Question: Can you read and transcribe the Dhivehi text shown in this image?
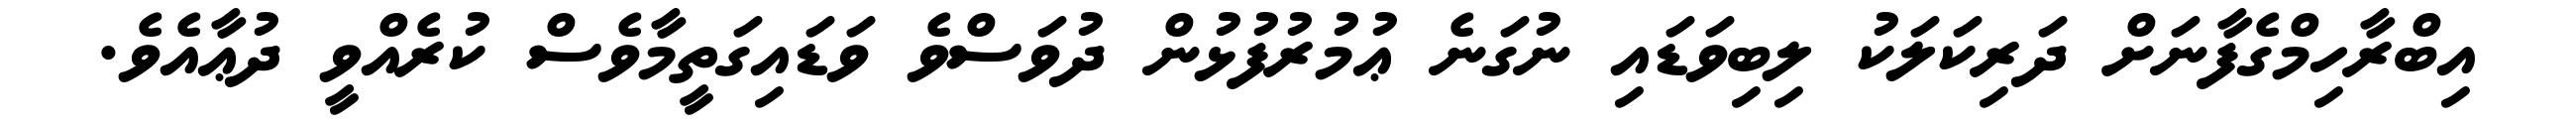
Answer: އިބްރާހިމްގެފާނަށް ދަރިކަލަކު ލިބިވަޑައި ނުގަނެ ޢުމުރުފުޅުން ދުވަސްވެ ވަޑައިގަތީމާވެސް ކުރެއްވީ ދުޢާއެވެ.